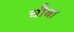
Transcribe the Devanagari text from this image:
चौबा